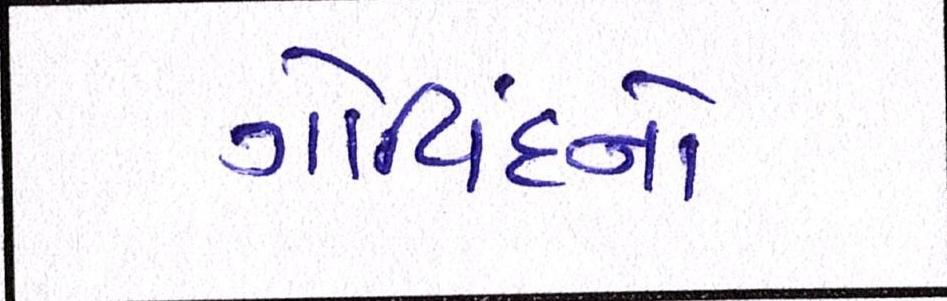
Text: ગોવિંદનો